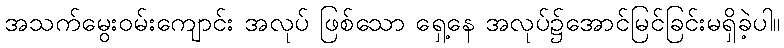
အသက်မွေးဝမ်းကျောင်း အလုပ် ဖြစ်သော ရှေ့နေ အလုပ်၌အောင်မြင်ခြင်းမရှိခဲ့ပါ။